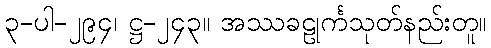
၃-ပါ-၂၉၄၊ ဋ္ဌ-၂၄၃။ အဿခဠုင်္ကသုတ်နည်းတူ။